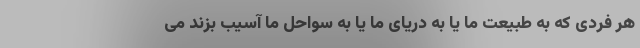
هر فردی که به طبیعت ما یا به دریای ما یا به سواحل ما آسیب بزند می